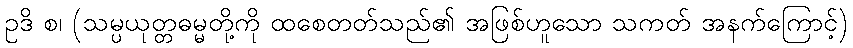
ဥဒိ စ၊ (သမ္ပယုတ္တဓမ္မတို့ကို ထစေတတ်သည်၏ အဖြစ်ဟူသော သကတ် အနက်ကြောင့်)